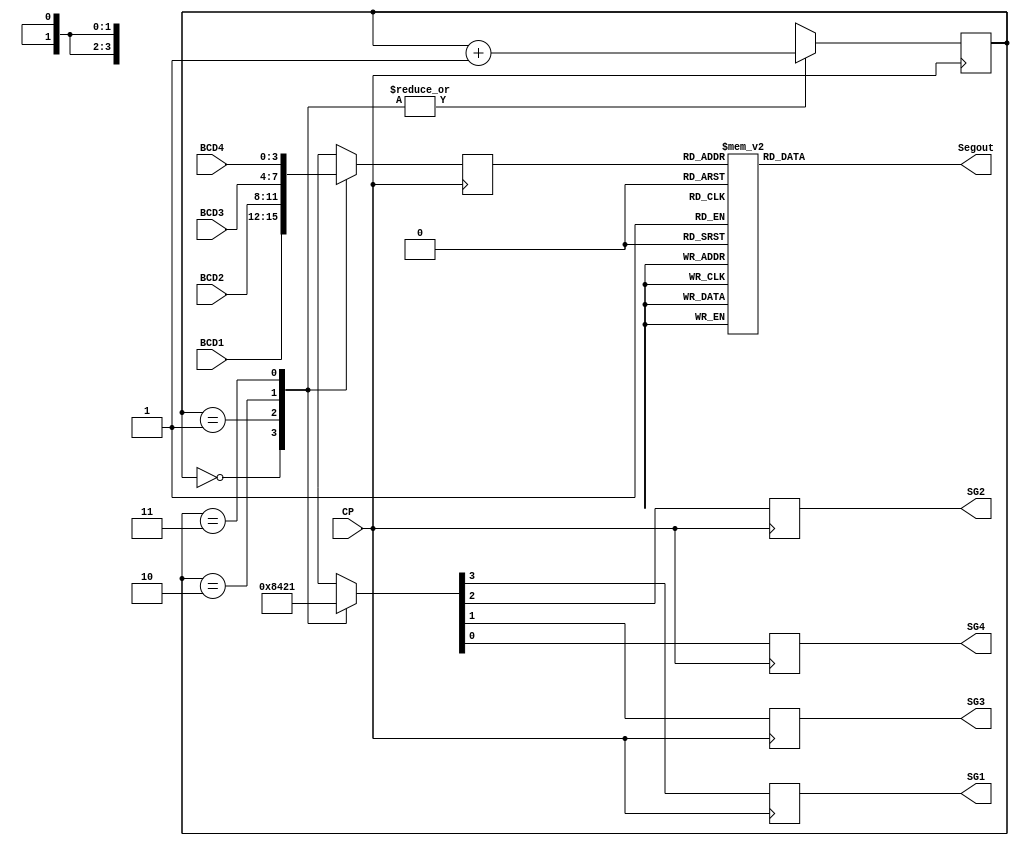
module LEDdisp(CP,BCD1,BCD2,BCD3,BCD4,Segout,SG1,SG2,SG3,SG4);
	input CP;    //1kHz clock
	input [3:0] BCD1,BCD2,BCD3,BCD4;  //4-bit binary code of counter output
	output [6:0] Segout;   //7-segment code out put 
	output SG1,SG2,SG3,SG4;   //SG1~SG4 select LED
	reg SG1,SG2,SG3,SG4;
	reg [6:0] Segout;
	reg [1:0] Count;           //internal 2-bit counter
	reg [3:0] Seg_in;   //4bit binary code
	
	//select LED0~LED3 display
	
	always @ (posedge CP)  //CP=1kHz
		case (Count)
			2'b00: begin 
					{SG1,SG2,SG3,SG4}=4'b1000;   //LED1 display
					Seg_in=BCD1;
					Count=Count+1;   //count=1
					end
					
			2'b01: begin 
					{SG1,SG2,SG3,SG4}=4'b0100;   //LED2 display
					Seg_in=BCD2;
					Count=Count+1;   //count=2
					end			
	
			2'b10: begin 
					{SG1,SG2,SG3,SG4}=4'b0010;   //LED3 display
					Seg_in=BCD3;
					Count=Count+1;   //count=3
					end
					
			2'b11: begin 
					{SG1,SG2,SG3,SG4}=4'b0001;   //LED4 display
					Seg_in=BCD4;
					Count=Count+1;   //count=0
					end
		endcase
		
		//BCD code=>7Segment Code (a~g)
	always @(Seg_in)
		case(Seg_in)
		
		//gfedcba
		4'b0000: Segout=7'b1000000;   //display digital 0(40H)
		4'b0001: Segout=7'b1111001;   //display digital 2(79H)
		4'b0010: Segout=7'b0100100;   //display digital 3(24H)
		4'b0011: Segout=7'b1000000;   //display digital 4(30H)
		4'b0100: Segout=7'b1000000;   //display digital 5(19H)
		4'b0101: Segout=7'b1000000;   //display digital 6(12H)
		4'b0110: Segout=7'b1000000;   //display digital 7(02H)		
		4'b0111: Segout=7'b1000000;   //display digital 8(78H)
		4'b1000: Segout=7'b1000000;   //display digital 9(00H)
		4'b1001: Segout=7'b1000000;   //display digital A(10H)
		4'b1010: Segout=7'b1000000;   //display digital B(08H)
		4'b1011: Segout=7'b1000000;   //display digital C(03H)
		4'b1100: Segout=7'b1000000;   //display digital D(27H)
		4'b1101: Segout=7'b1000000;   //display digital E(21H)
		4'b1110: Segout=7'b1000000;   //display digital F(06H)
		4'b1111: Segout=7'b1000000;   //display digital G(0eH)
		default: Segout=7'b0100011;   //display digital 0(40H)
				
		endcase
		
endmodule